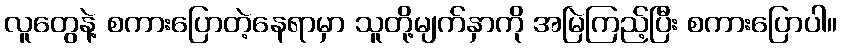
လူတွေနဲ့ စကားပြောတဲ့နေရာမှာ သူတို့မျက်နှာကို အမြဲကြည့်ပြီး စကားပြောပါ။